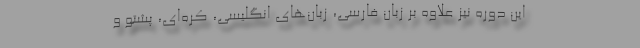
این دوره نیز علاوه بر زبان فارسی، زبان‌های انگلیسی، کره‌ای، پشتو و